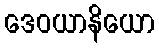
ဒေဝယာနိယော